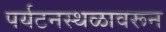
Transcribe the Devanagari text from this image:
पर्यटनस्थळावरून